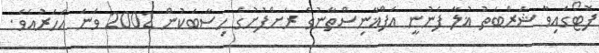
ފޮޓޯގައިވާ ޝަރްބަތު ޣުލާ ފެނުނީ އަފްޣާނިސްތާނުގެ ރަށްފުށުގެ ހިސާބަކުން 2002 ވަނަ އަހަރުއެވެ.